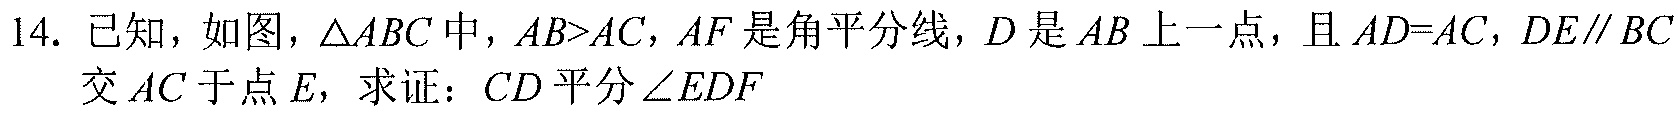
14. 已知，如图，\(\triangle ABC\) 中，\(AB > AC\)，\(AF\) 是角平分线，\(D\) 是 \(AB\) 上一点，且 \(AD = AC\)，\(DE\parallel BC\) 交 \(AC\) 于点 \(E\)，求证：\(CD\) 平分 \(\angle EDF\)